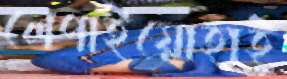
লেপাইয়োহাই